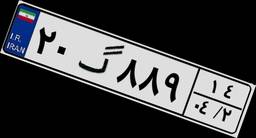
۲۰گ۸۸۹۱۴